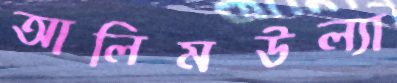
আলিমউল্যা